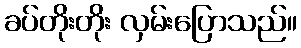
ခပ်တိုးတိုး လှမ်းပြောသည်။